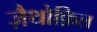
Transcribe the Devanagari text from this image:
ज़ैथोफ़िल